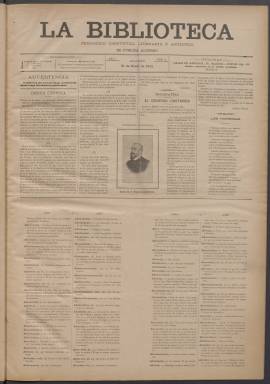
Título: La Biblioteca (Madrid. 1903)
Colección: Literatura || Cultura
Ámbito geográfico: Madrid
Lugar de publicación: Madrid
Fechas: 17/01/1903-19/05/1903